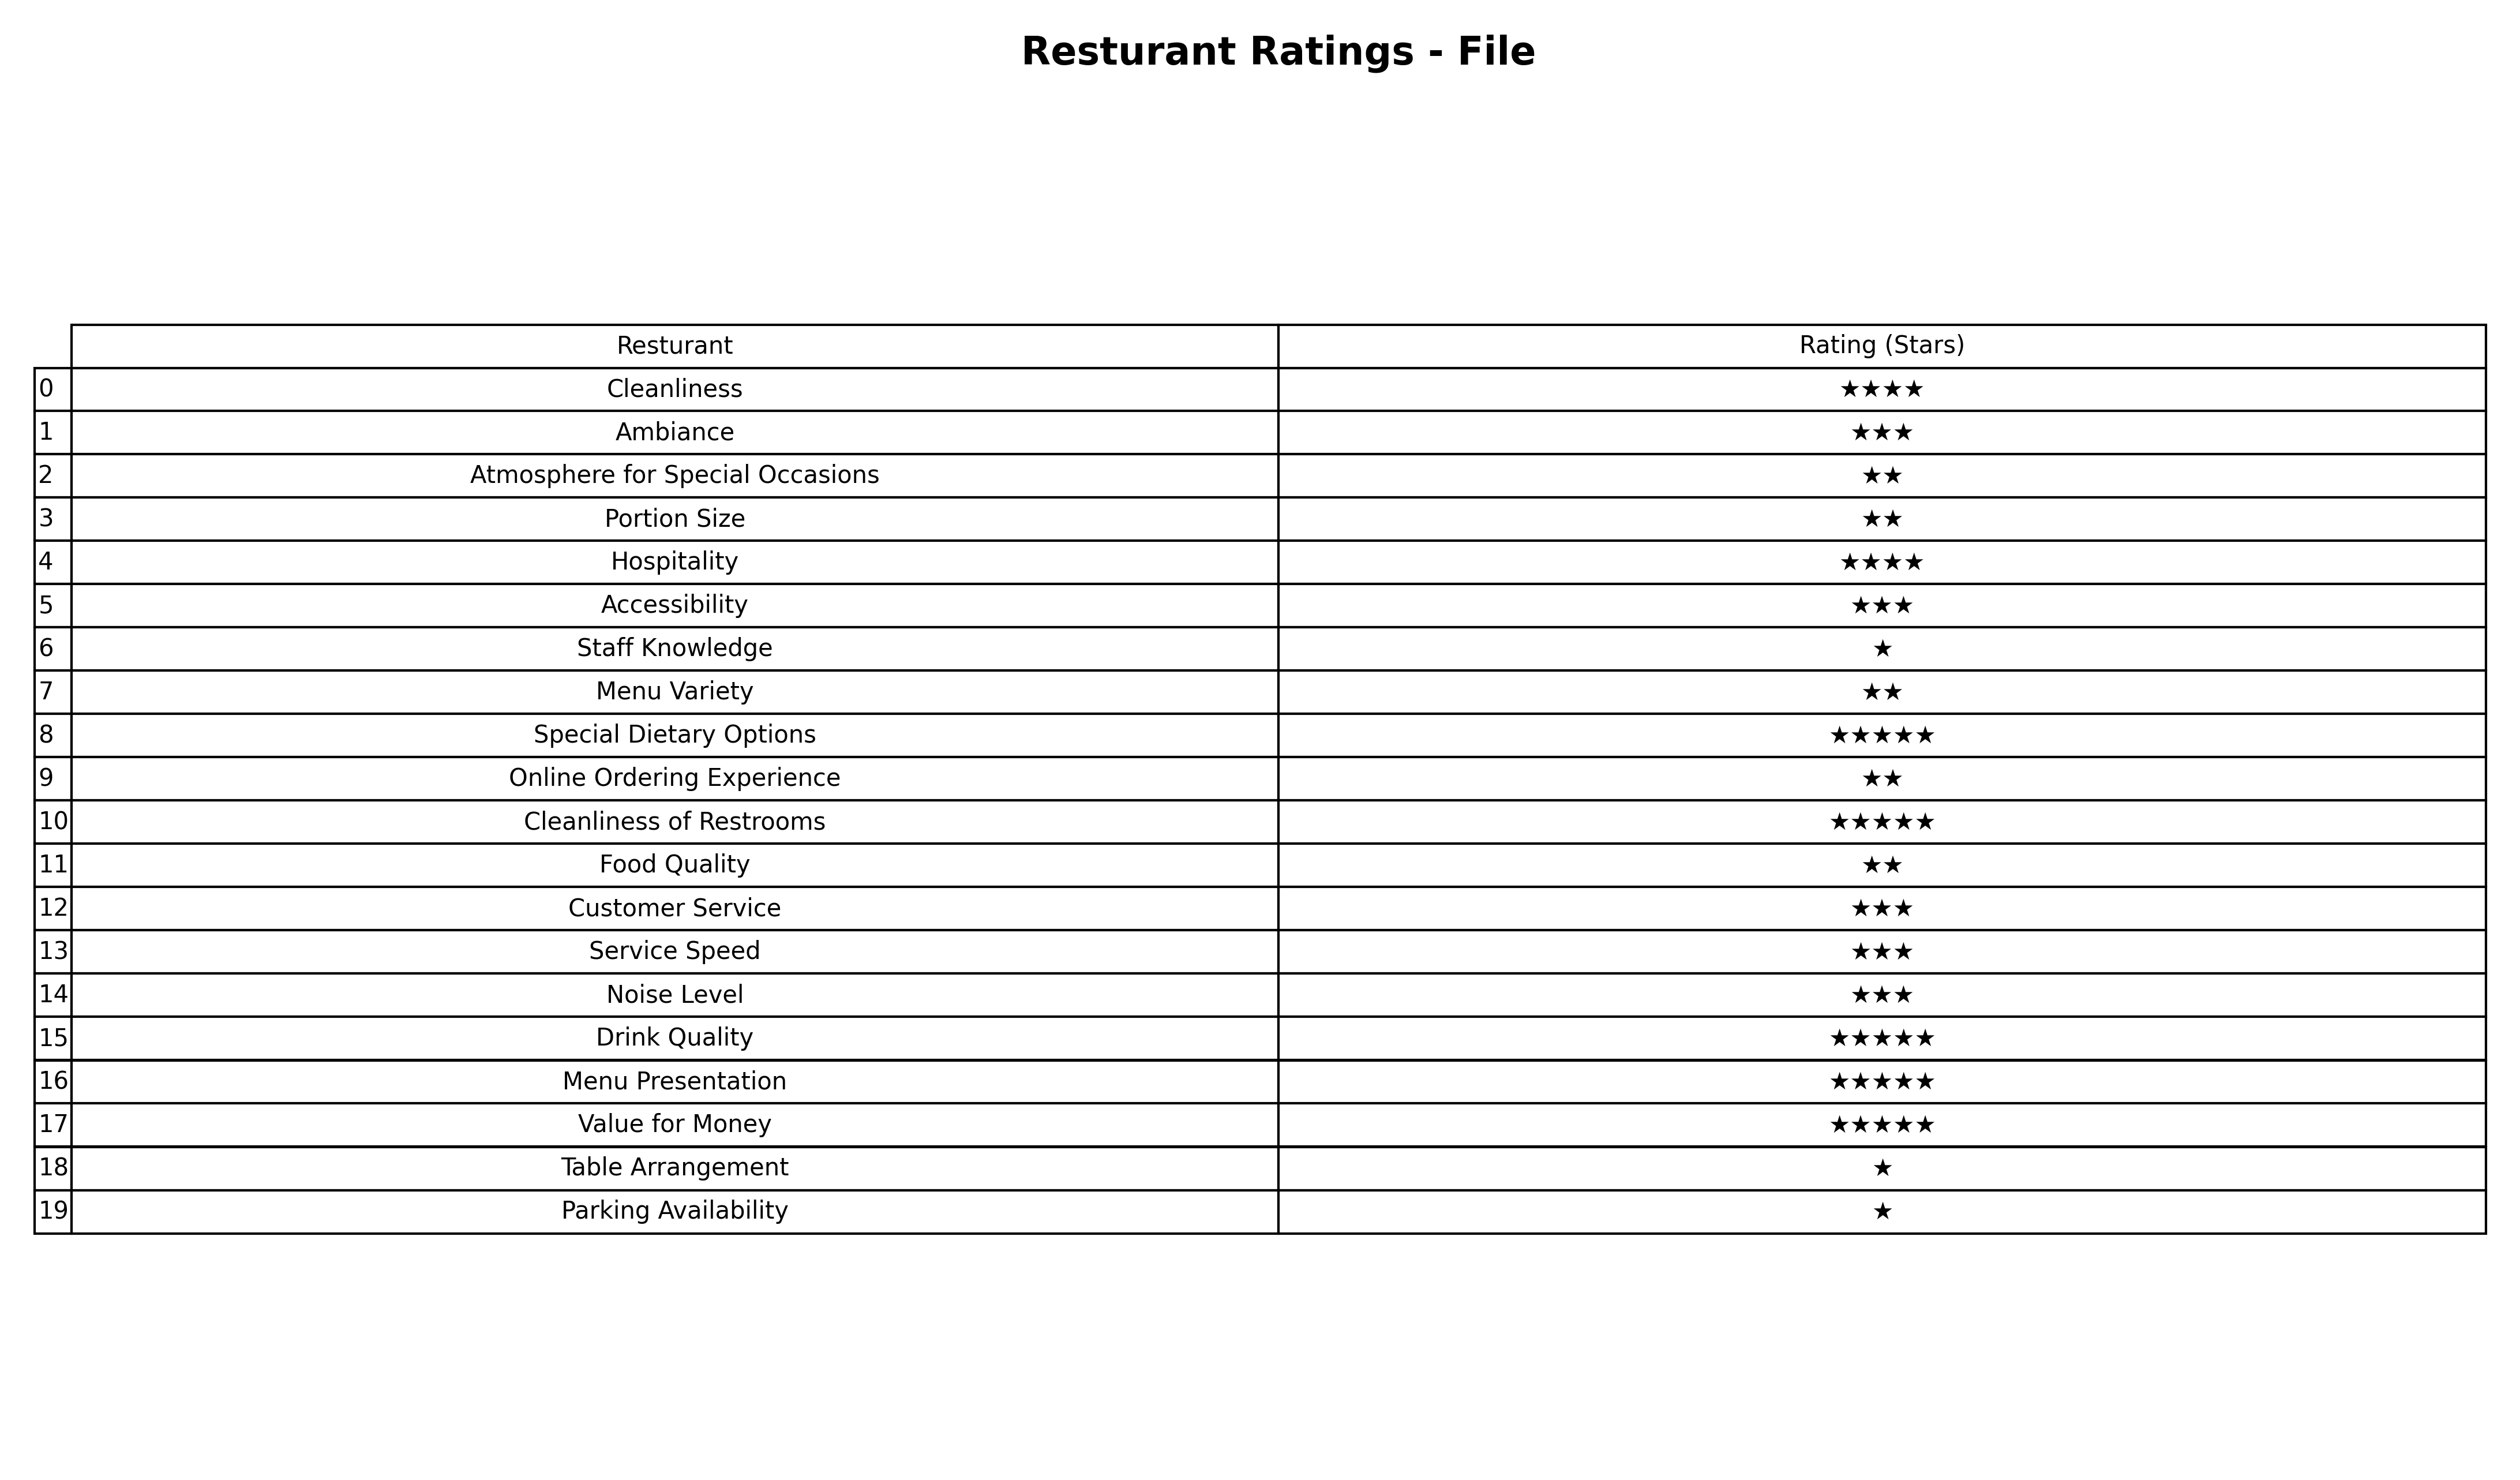
question: What is the rating of Drink Quality?
answer: ★★★★★